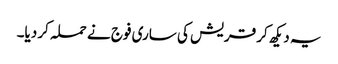
یہ دیکھ کر قریش کی ساری فوج نے حملہ کر دیا۔